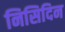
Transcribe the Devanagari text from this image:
निसिदिन